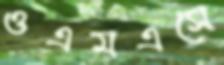
ওএমএসে